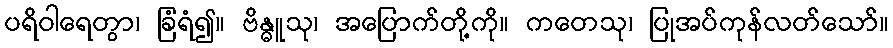
ပရိဝါရေတွာ၊ ခြံရံ၍။ ဗိန္ဓူသု၊ အပြောက်တို့ကို။ ကတေသု၊ ပြုအပ်ကုန်လတ်သော်။